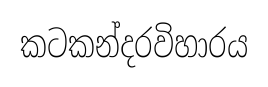
කටකන්දරවිහාරය